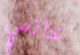
خاتمي